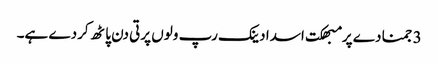
3 جمنا دے پرمبھکت اسدا دینک رپ ولوں پرتی دن پاٹھ کردے ہے۔